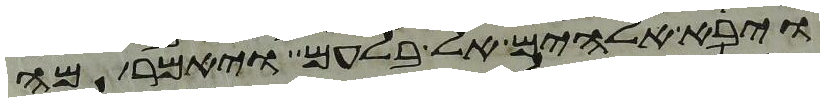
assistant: ויבא אלהים אל בלעם ויאמר מה